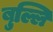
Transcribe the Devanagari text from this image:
बुल्लि